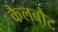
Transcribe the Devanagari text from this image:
कैलबौट